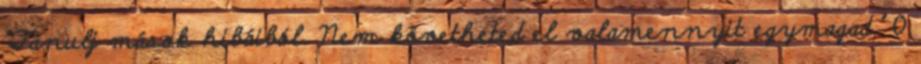
"Tanulj mások hibáiból. Nem követheted el valamennyit egymagad." 0